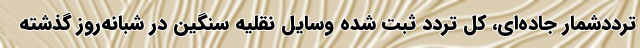
ترددشمار جاده‌ای، کل تردد ثبت شده وسایل نقلیه سنگین در شبانه‌روز گذشته